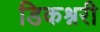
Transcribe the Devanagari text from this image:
डिकश्नरी